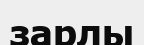
зарлы